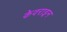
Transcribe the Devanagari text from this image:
केवराइन